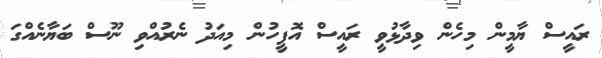
ރައީސް ޔާމީން މިހެން ވިދާޅުވީ ރައީސް އޮފީހުން މިއަދު ނެރުއްވި ނޫސް ބަޔާނެއްގަ